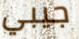
جيبي